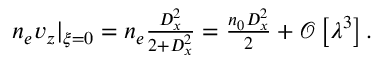
\begin{array} { r } { n _ { e } v _ { z } | _ { \xi = 0 } = n _ { e } \frac { D _ { x } ^ { 2 } } { 2 + D _ { x } ^ { 2 } } = \frac { n _ { 0 } D _ { x } ^ { 2 } } { 2 } + \mathcal { O } \left[ \lambda ^ { 3 } \right] . } \end{array}